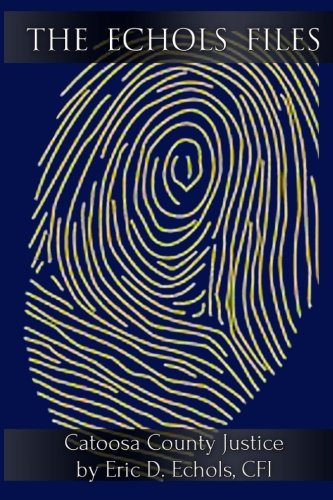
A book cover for The Echols Files: Catoosa County Justice; Mr Eric D. Echols CFI; Law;